Calcutta medical institutions reports 1871-78
Year: 1871
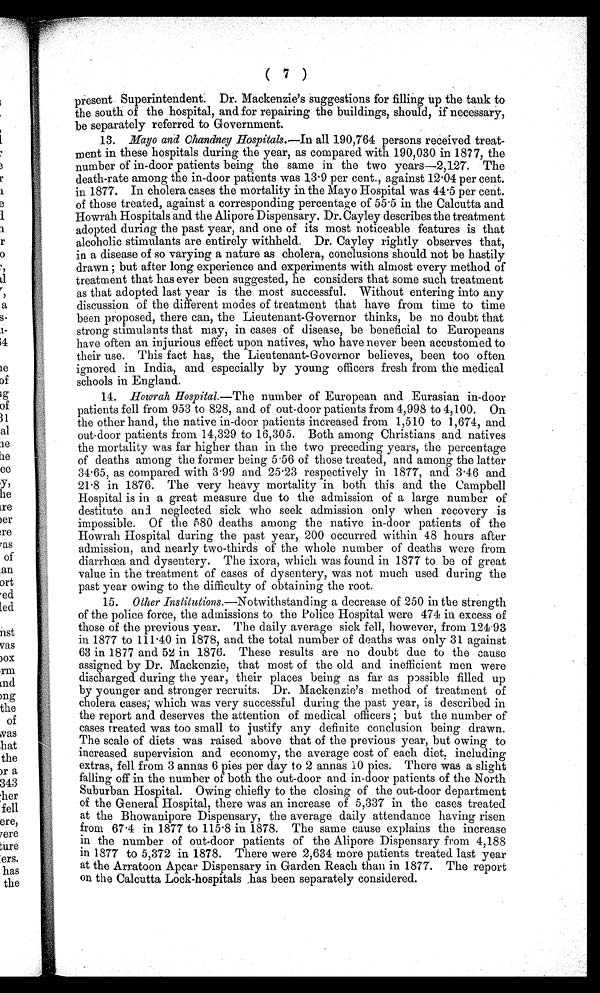
( 7 )
present Superintendent. Dr. Mackenzie's suggestions for filling up the tank to
the south of the hospital, and for repairing the buildings, should, if necessary,
be separately referred to Government.
13.
Mayo and Chandney Hospitals. —In all 190,764 persons received treat
-
ment in these hospitals during the year, as compared with 190,030 in 1877, the
number of in-door patients being the same in the two years—2,127. The
death-rate among the in-door patients was 13.9 per cent., against 12.04 per cent.
in 1877. In cholera cases the mortality in the Mayo Hospital was 44.5 per cent.
of those treated, against a corresponding percentage of 55.5 in the Calcutta and
Howrah Hospitals and the Alipore Dispensary. Dr. Cayley describes the treatment
adopted during the past year, and one of its most noticeable features is that
alcoholic stimulants are entirely withheld. Dr. Cayley rightly observes that,
in a disease of so varying a nature as cholera, conclusions should not be hastily
d r a w n ; b u t a f t e r l o n g e x p e r i e n c e a n d e x p e r i m e n t s w i t h a l m o s t e v e r y m e t h o d o f
treatment that has ever been suggested, he considers that some such treatment
as that adopted last year is the most successful. Without entering into any
discussion of the different modes of treatment that have from time to time
been proposed, there can, the Lieutenant-Governor thinks, be no doubt that
strong stimulants that may, in cases of disease, be beneficial to Europeans
have often an injurious effect upon natives, who have never been accustomed to
their use. This fact has, the Lieutenant-Governor believes, been too often
ignored in India, and especially by young officers fresh from the medical
schools in England.
14.
Howrah Hospital.—The number of European and Eurasian in-door
patients fell from 953 to 828, and of out-door patients from 4,998 to 4,100. On
the other hand, the native in-door patients increased from 1,510 to 1,674, and
out-door patients from 14,329 to 16,305. Both among Christians and natives
the mortality was far higher than in the two preceding years, the percentage
of deaths among the former being 5.56 of those treated, and among the latter
34.65, as compared with 3.99 and 25.23 respectively in 1877, and 3.46 and
21.8 in 1876. The very heavy mortality in both this and the Campbell
Hospital is in a great measure due to the admission of a large number of
destitute and neglected sick who seek admission only when recovery is
impossible. Of the 580 deaths among the native in-door patients of the
Howrah Hospital during the past year, 200 occurred within 48 hours after
admission, and nearly two-thirds of the whole number of deaths were from
diarrhœa and dysentery. The ixora, which was found in 1877 to be of great
value in the treatment of cases of dysentery, was not much used during the
past year owing to the difficulty of obtaining the root.
15.
Other Institutions .—Notwithstanding a decrease of 250 in the strength
of the police force, the admissions to the Police Hospital were 474 in excess of
those of the previous year. The daily average sick fell, however, from 124.93
in 1877 to 111.40 in 1878, and the total number of deaths was only 31 against
63 in 1877 and 52 in 1876. These results are no doubt due to the cause
assigned by Dr. Mackenzie, that most of the old and inefficient men were
discharged during the year, their places being as far as possible filled up
by younger and stronger recruits. Dr. Mackenzie's method of treatment of
cholera cases; which was very successful during the past year, is described in
the report and deserves the attention of medical officers; but the number of
cases treated was too small to justify any definite conclusion being drawn.
The scale of diets was raised above that of the previous year, but owing to
increased supervision and economy, the average cost of each diet, including
extras, fell from 3 annas 6 pies per day to 2 annas 10 pies. There was a slight
falling off in the number of both the out-door and in-door patients of the North
Suburban Hospital. Owing chiefly to the closing of the out-door department
of the General Hospital, there was an increase of 5,337 in the cases treated
at the Bhowanipore Dispensary, the average daily attendance having risen
from 67.4 in 1877 to 115.8 in 1878. The same cause explains the increase
in the number of out-door patients of the Alipore Dispensary from 4,188
in 1877 to 5,372 in 1878. There were 2,634 more patients treated last year
at the Arratoon Apcar Dispensary in Garden Reach than in 1877. The report
on the Calcutta Lock-- h o s p i t a l s h a s b e e n s e p a r a t e l y c o n s i d e r e d .